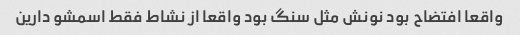
واقعا افتضاح بود نونش مثل سنگ بود واقعا از نشاط فقط اسمشو دارین